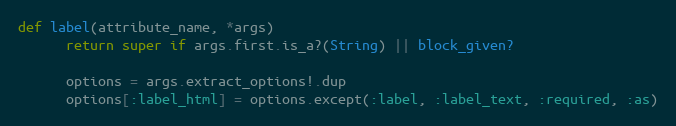
Language: Ruby
def label(attribute_name, *args)
      return super if args.first.is_a?(String) || block_given?

      options = args.extract_options!.dup
      options[:label_html] = options.except(:label, :label_text, :required, :as)